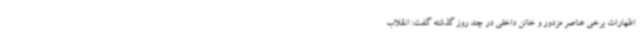
اظهارات برخی عناصر مزدور و خائن داخلی در چند روز گذشته گفت: انقلاب